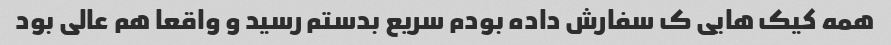
همه کیک هایی ک سفارش داده بودم سریع بدستم رسید و واقعا هم عالی بود